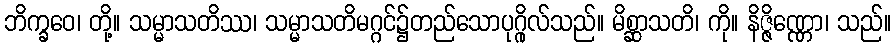
ဘိက္ခဝေ၊ တို့။ သမ္မာသတိဿ၊ သမ္မာသတိမဂ္ဂင်၌တည်သောပုဂ္ဂိုလ်သည်။ မိစ္ဆာသတိ၊ ကို။ နိဇ္ဇိဏ္ဏော၊ သည်။